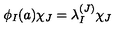
\phi _ { I } ( a ) \chi _ { J } = \lambda _ { I } ^ { ( J ) } \chi _ { J }